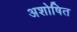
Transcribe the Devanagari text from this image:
अशोषित